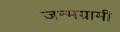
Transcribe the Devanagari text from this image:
जन्मग्रामी